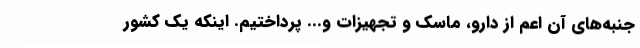
جنبه‌های آن اعم از دارو، ماسک و تجهیزات و... پرداختیم. اینکه یک کشور